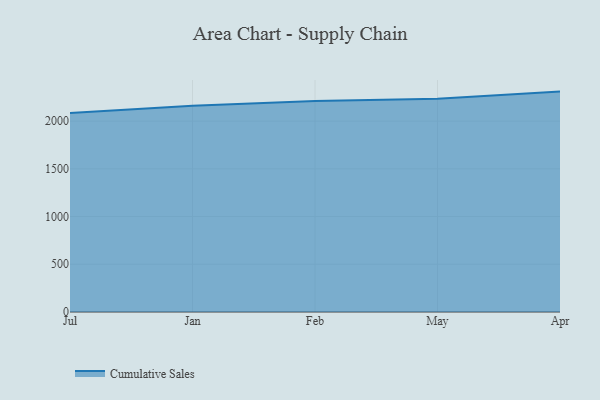
{"axis": {"x": "Month", "y": "Customer Acquisition Cost (USD)"}, "legend": ["Cumulative Sales"], "data": [{"x": "Jul", "y": 2086.2, "type": "Cumulative Sales"}, {"x": "Jan", "y": 2161.4, "type": "Cumulative Sales"}, {"x": "Feb", "y": 2211.9, "type": "Cumulative Sales"}, {"x": "May", "y": 2234.1, "type": "Cumulative Sales"}, {"x": "Apr", "y": 2309.2, "type": "Cumulative Sales"}]}